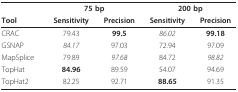
|  | <COLSPAN=2> 75 bp | <COLSPAN=2> 200 bp |
 | Tool | Sensitivity | Precision | Sensitivity | Precision |
 | --- | --- | --- | --- | --- |
 | CRAC | 79.43 | 99.5 | 86.02 | 99.18 |
 | GSNAP | 84.17 | 97.03 | 72.94 | 97.09 |
 | MapSplice | 79.89 | 97.68 | 84.72 | 98.82 |
 | TopHat | 84.96 | 89.59 | 54.07 | 94.69 |
 | TopHat2 | 82.25 | 92.71 | 88.65 | 91.35 |